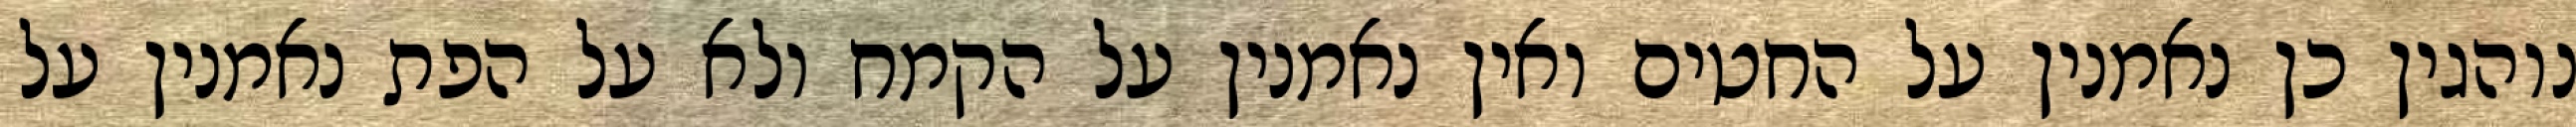
נוהגין כן נאמנין על החטים ואין נאמנין על הקמח ולא על הפת נאמנין על